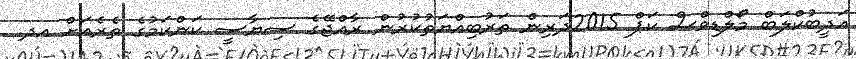
އަދީބުކްލަބް މޯލްޑިވްސް ކަޕް 2015ދަރިން ތަރުބިއްޔަތުކުރުން ރާއްޖޭގެ ސިޔާސީ ކަންކަމުގެ ތެރެއަށް އދ.